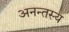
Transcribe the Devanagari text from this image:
अनन्तस्य